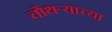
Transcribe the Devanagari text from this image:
चौथऱ्याच्या